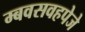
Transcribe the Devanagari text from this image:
म्बवसवहपेजे